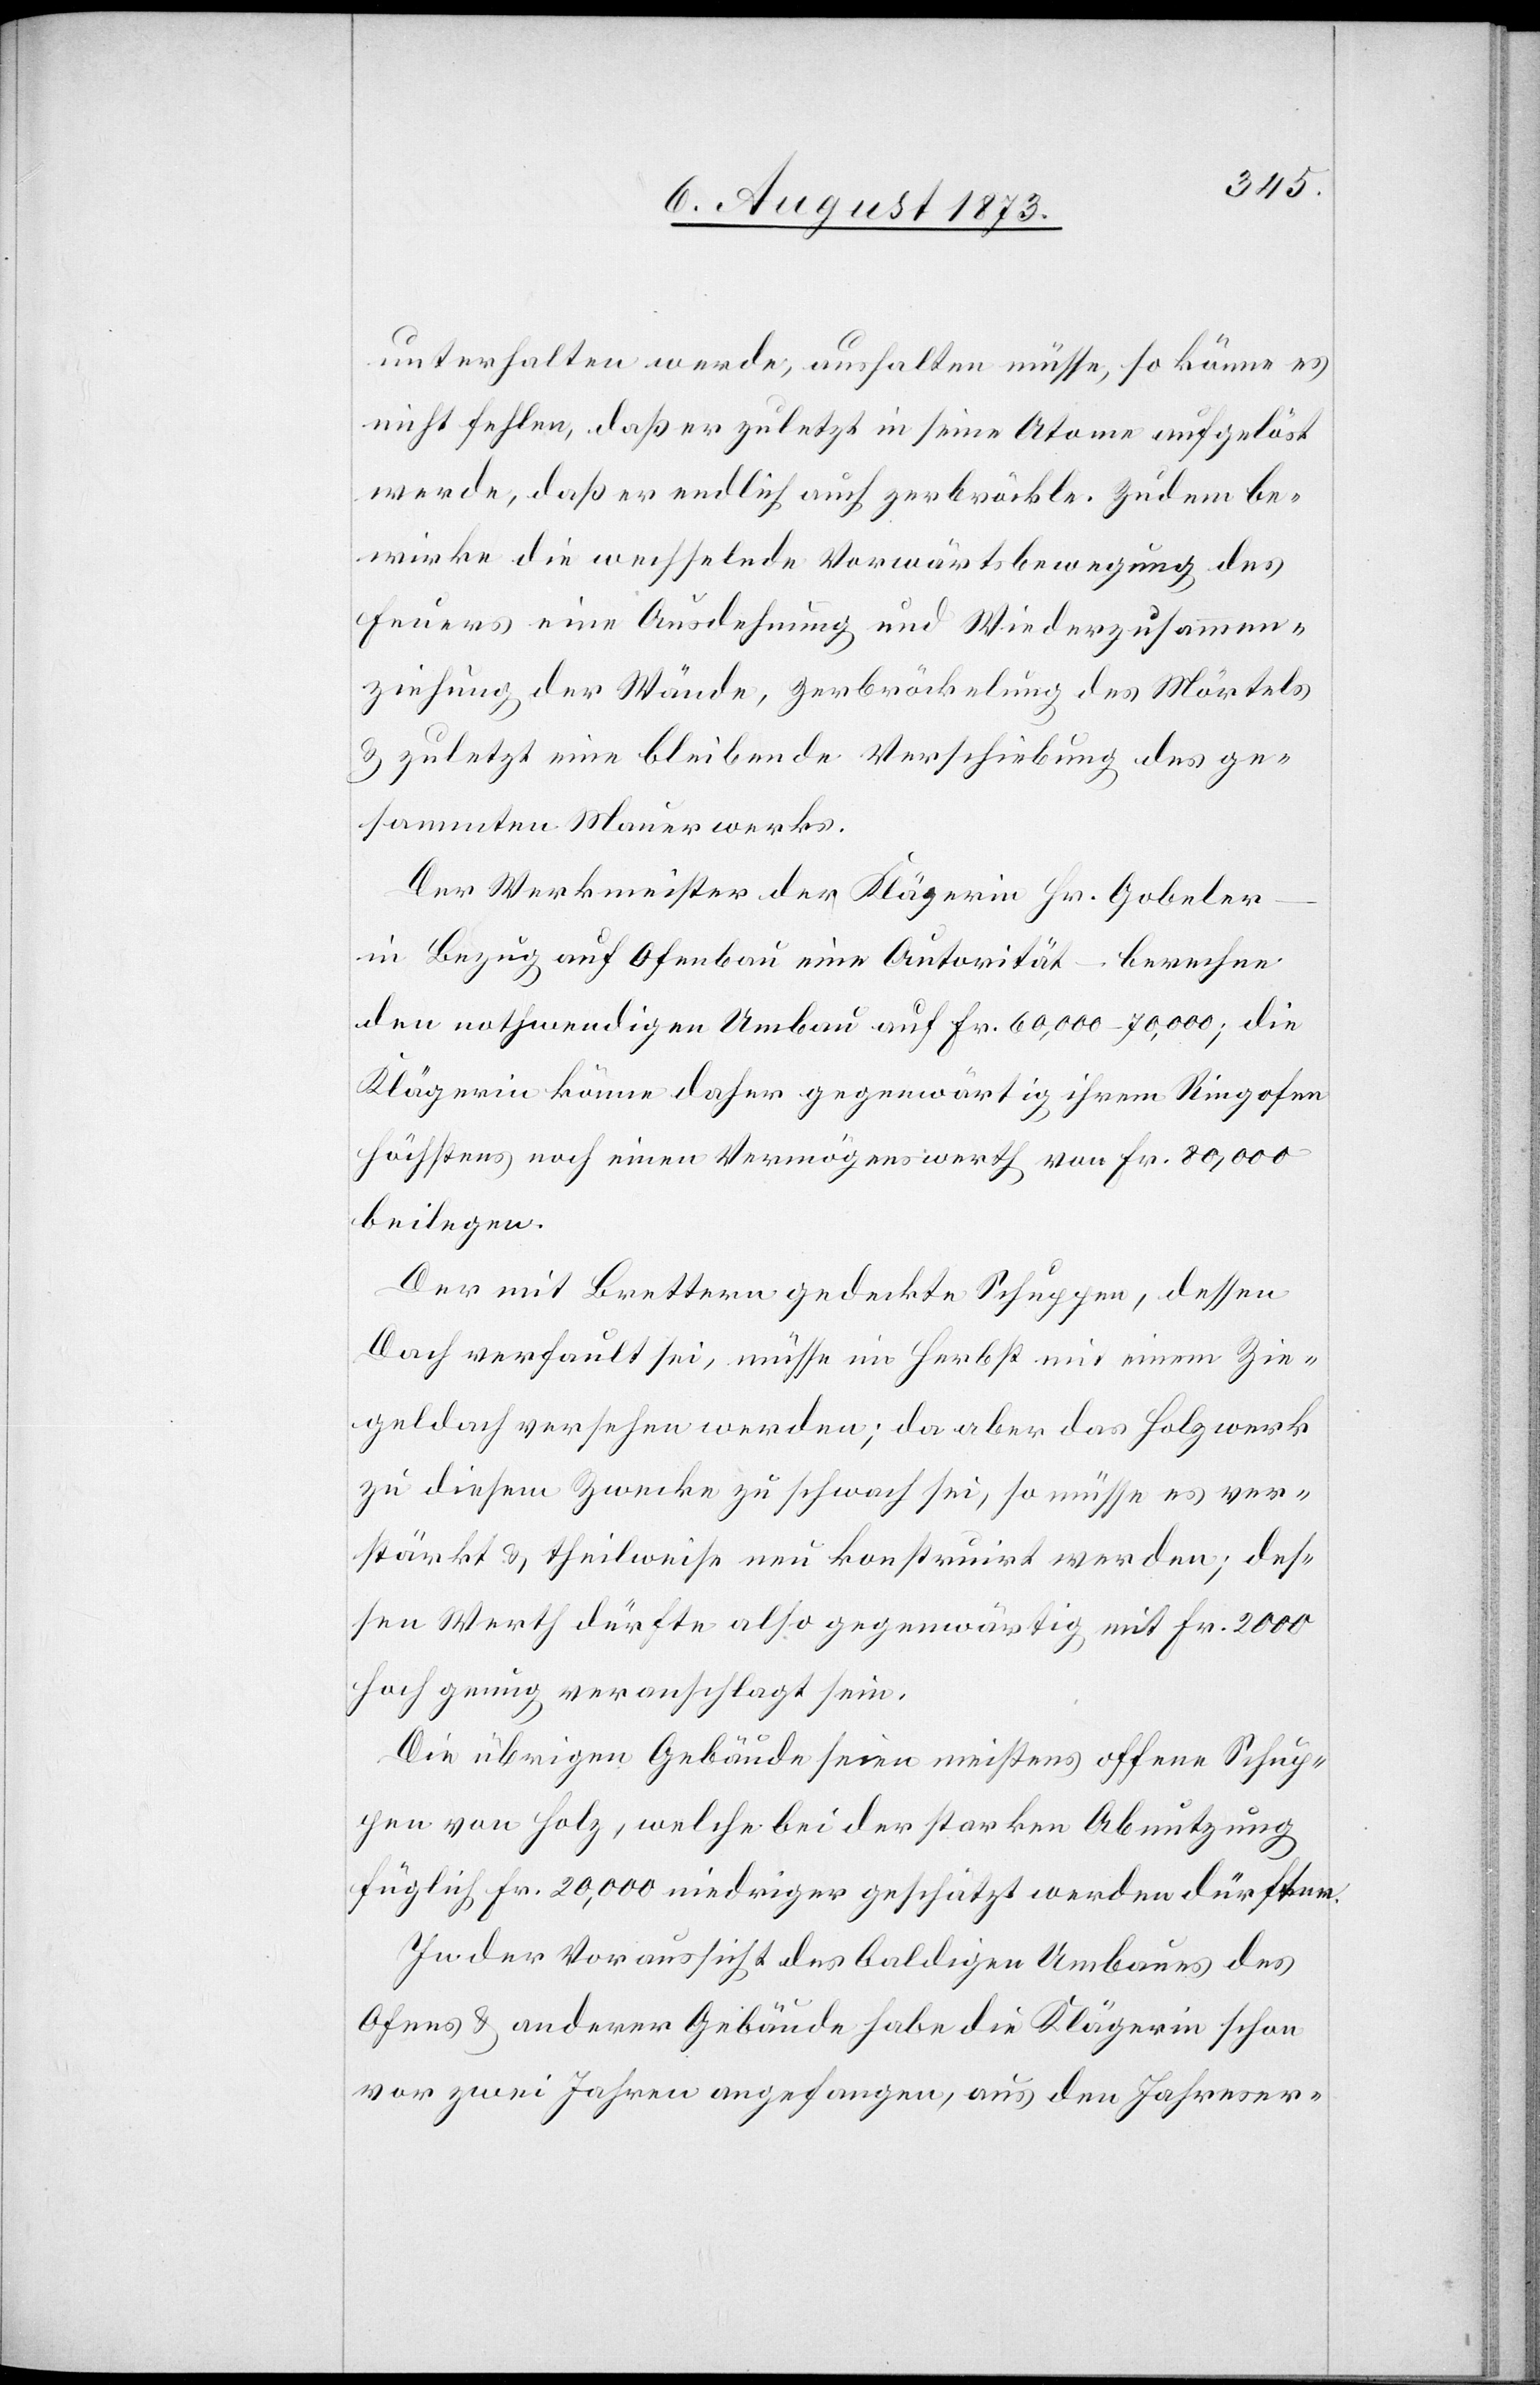
unterhalten werde, aushalten müsse, so könne es
nicht fehlen, daß er zuletzt in seine Atome aufgelöst
werde, daß er endlich auch zerbröckle. Zudem be¬
wirke die wechselnde Vorwärtsbewegung des
Feuers eine Ausdehnung und Wiederzusammen¬
ziehung der Wände, Zerbröckelung des Mörtels
& zuletzt eine bleibende Verschiebung des ge¬
sammten Mauerwerks.
Der Werkmeister der Klägerin Hr. Gobeler
in Bezug auf Ofenbau eine Autorität – berechne
den nothwendigen Umbau auf Fr. 60,000–70,000; die
Klägerin könne daher gegenwärtig ihrem Ringofen
höchstens noch einen Vermögenswerth von Fr. 80,000
beilegen.
Der mit Brettern gedeckte Schuppen, dessen
Dach verfault sei, müsse im Herbst mit einem Zie¬
geldach versehen werden; da aber das Holzwerk
zu diesem Zwecke zu schwach sei, so müsse es ver¬
stärkt & theilweise neu konstruirt werden; des¬
sen Werth dürfte also gegenwärtig mit Fr. 2 000
hoch genug veranschlagt sein.
Die übrigen Gebäude seien meistens offene Schup¬
pen von Holz, welche bei der starken Abnutzung
füglich Fr. 20,000 niedriger geschätzt werden dürften.
In der Voraussicht des baldigen Umbaues des
Ofens & anderer Gebäude habe die Klägerin schon
vor zwei Jahren angefangen, aus den Jahreser-